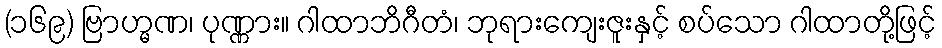
(၁၆၉) ဗြာဟ္မဏ၊ ပုဏ္ဏား။ ဂါထာဘိဂီတံ၊ ဘုရားကျေးဇူးနှင့် စပ်သော ဂါထာတို့ဖြင့်